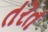
તરત